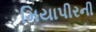
મિયાપીરની